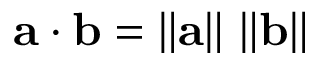
\mathbf { a } \cdot \mathbf { b } = \left\| \mathbf { a } \right\| \, \left\| \mathbf { b } \right\|